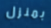
بمنزل